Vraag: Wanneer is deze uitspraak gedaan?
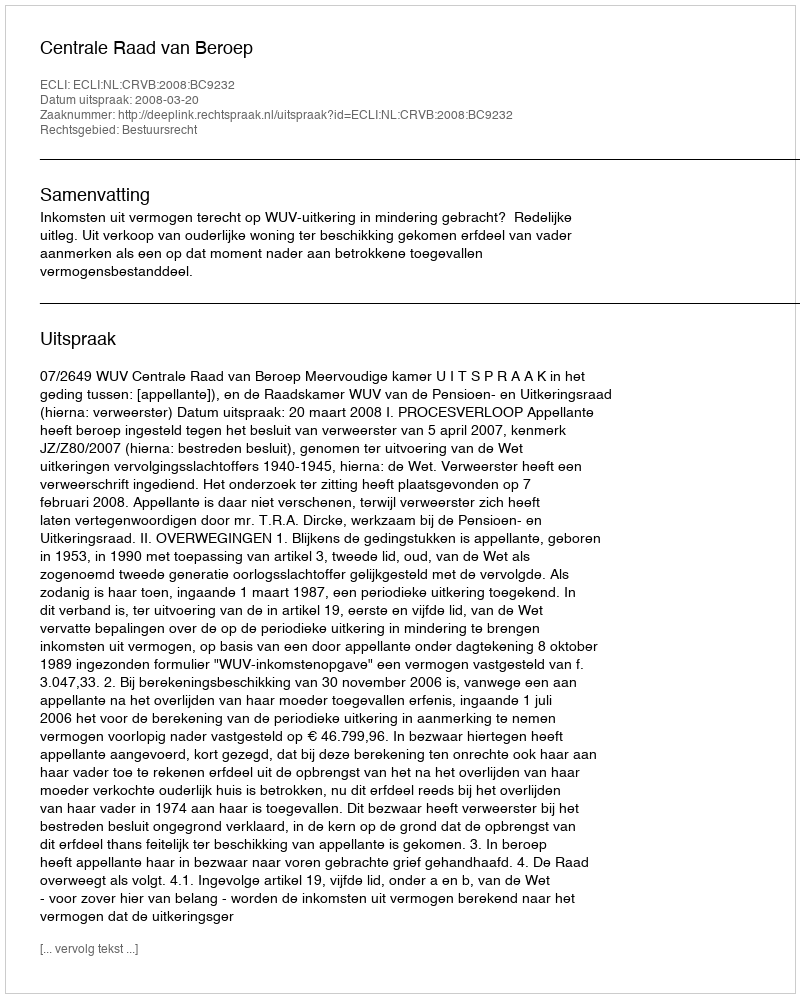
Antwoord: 2008-03-20